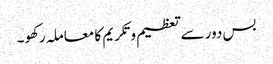
بس دور سے تعظیم و تکریم کا معاملہ رکھو۔